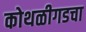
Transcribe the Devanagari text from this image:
कोथळीगडचा